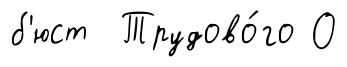
б'юст Трудово́го О